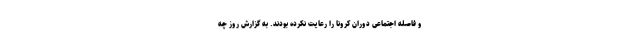
و فاصله اجتماعی دوران کرونا را رعایت نکرده بودند. به گزارش روز چه